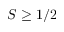
S \geq 1 / 2